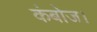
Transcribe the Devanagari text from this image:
कंबोज।